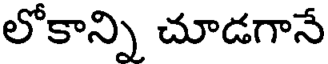
లోకాన్ని చూడగానే